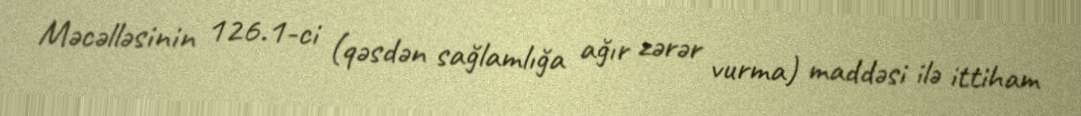
Məcəlləsinin 126.1-ci (qəsdən sağlamlığa ağır zərər vurma) maddəsi ilə ittiham